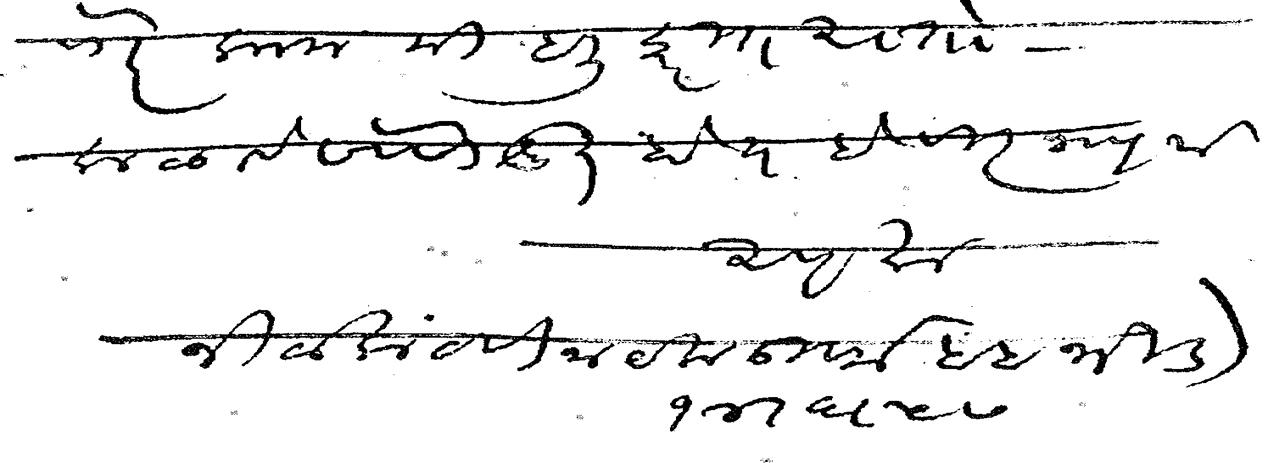
Transliteration (Devanagari): वगैरे काम मी हली करीत असतो कळावे सेवेसी श्रुत होय हे विज्ञापना आपला नीलकंठ विनायक ऊर्फ बाबा भिडे १४ ६ ५७